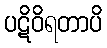
ပဋိဝိရတာပိ